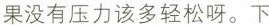
果没有压力该多轻松呀。下